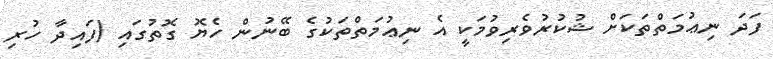
ފަދަ ނިޢުމަތްތަކަށް ޝުކުރުވެރިވުމަކީ އެ ނިޢުމަތްތަކުގެ ބޭނުން ހެޔޮ ގޮތުގައި (ފައިދާ ހުރި